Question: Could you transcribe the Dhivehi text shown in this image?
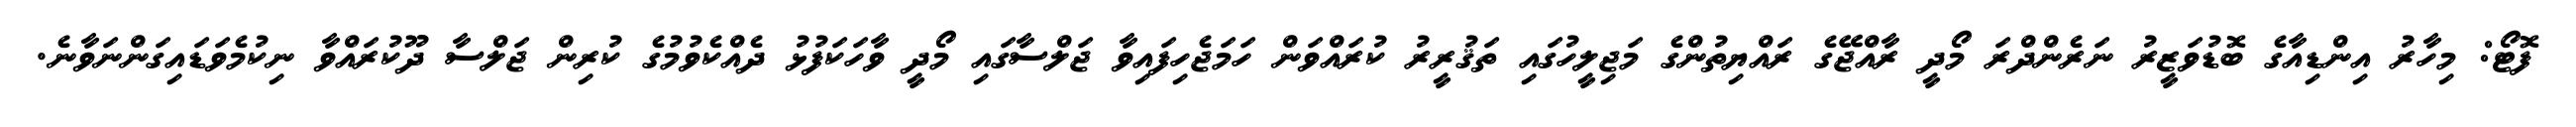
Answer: ފޮޓޯ: މިހާރު އިންޑިއާގެ ބޮޑުވަޒީރު ނަރެންދްރަ މޯދީ ރާއްޖޭގެ ރައްޔިތުންގެ މަޖިލީހުގައި ތަޤުރީރު ކުރައްވަން ހަމަޖެހިފައިވާ ޖަލްސާގައި މޯދީ ވާހަކަފުޅު ދެއްކެވުމުގެ ކުރިން ޖަލްސާ ދޫކުރައްވާ ނިކުމެވަޑައިގަންނަވާނެ.